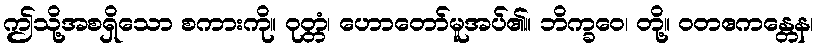
ဤသို့အစရှိသော စကားကို။ ဝုတ္တံ၊ ဟောတော်မူအပ်၏။ ဘိက္ခဝေ၊ တို့။ ဝတဧကန္တေန၊